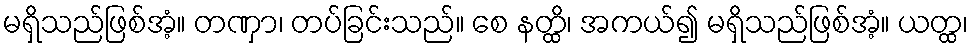
မရှိသည်ဖြစ်အံ့။ တဏှာ၊ တပ်ခြင်းသည်။ စေ နတ္ထိ၊ အကယ်၍ မရှိသည်ဖြစ်အံ့။ ယတ္ထ၊